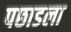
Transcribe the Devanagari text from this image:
पछाडला